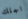
اجلك